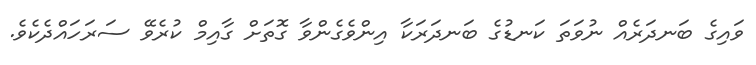
ވައިގެ ބަނދަރެއް ނުވަތަ ކަނޑުގެ ބަނދަރަކާ އިންވެގެންވާ ގޮތަށް ގާއިމް ކުރެވޭ ސަރަހައްދެކެވެ.